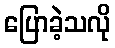
ပြောခဲ့သလို